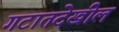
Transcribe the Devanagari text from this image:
गटातदेखील